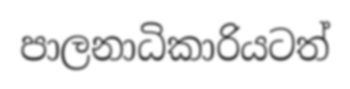
පාලනාධිකාරියටත්